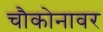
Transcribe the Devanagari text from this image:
चौकोनावर